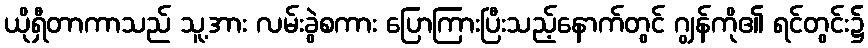
ယိုရှီတာကာသည် သူ့အား လမ်းခွဲစကား ပြောကြားပြီးသည့်နောက်တွင် ဂျွန်ကို၏ ရင်တွင်း၌